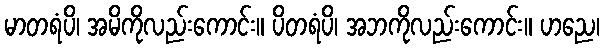
မာတရံပိ၊ အမိကိုလည်းကောင်း။ ပိတရံပိ၊ အဘကိုလည်းကောင်း။ ဟညေ၊